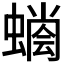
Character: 𧐬